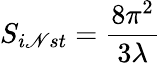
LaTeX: S_{i\mathscr{N}st}={\frac{{8\pi^{2}}}{{3\lambda}}}